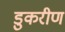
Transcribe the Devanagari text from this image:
डुकरीण